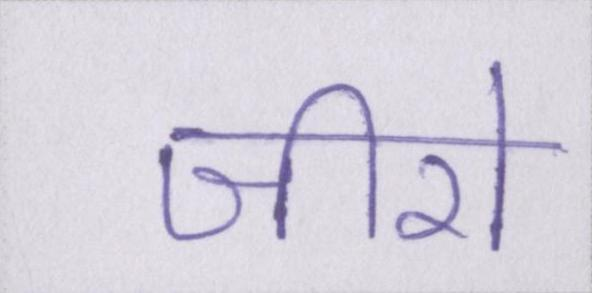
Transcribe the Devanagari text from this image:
जीरो